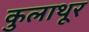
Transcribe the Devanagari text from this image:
कुलाथूर